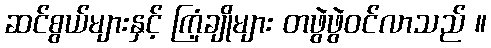
ဆင်စွယ်များနှင့် ကြံ့ချိုများ တဖွဲဖွဲဝင်လာသည် ။